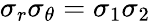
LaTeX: \sigma_{r}\sigma_{\theta}=\sigma_{1}\sigma_{2}